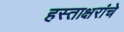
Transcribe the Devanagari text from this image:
हस्ताक्षरांचे